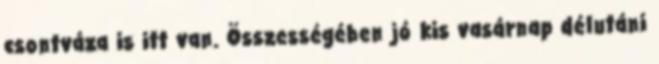
csontváza is itt van. Összességében jó kis vasárnap délutáni